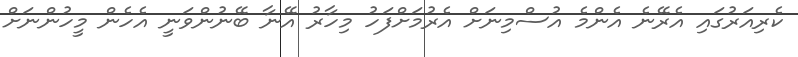
ކެރިއަރުގައި އެރޭނެ އެންމެ އުސްމިނަށް އެރުމަށްފަހު މިހާރު އޭނާ ބޭނުންވަނީ އެހެން މީހުންނަށް